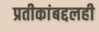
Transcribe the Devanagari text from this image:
प्रतीकांबद्दलही